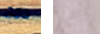
دمج بالخطر